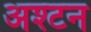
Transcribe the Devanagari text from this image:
अश्टन